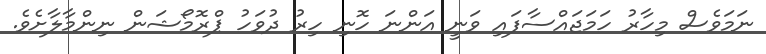
ނަމަވެސް މިހާރު ހަމަޖައްސާފައި ވަނީ އަންނަ ހޮނި ހިރު ދުވަހު ޕްރޮމޯޝަން ނިންމާލާށެވެ.